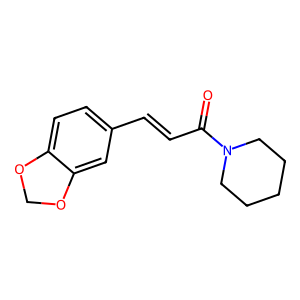
SMILES: O=C(C=Cc1ccc2c(c1)OCO2)N1CCCCC1
Inhibits HIV replication: No